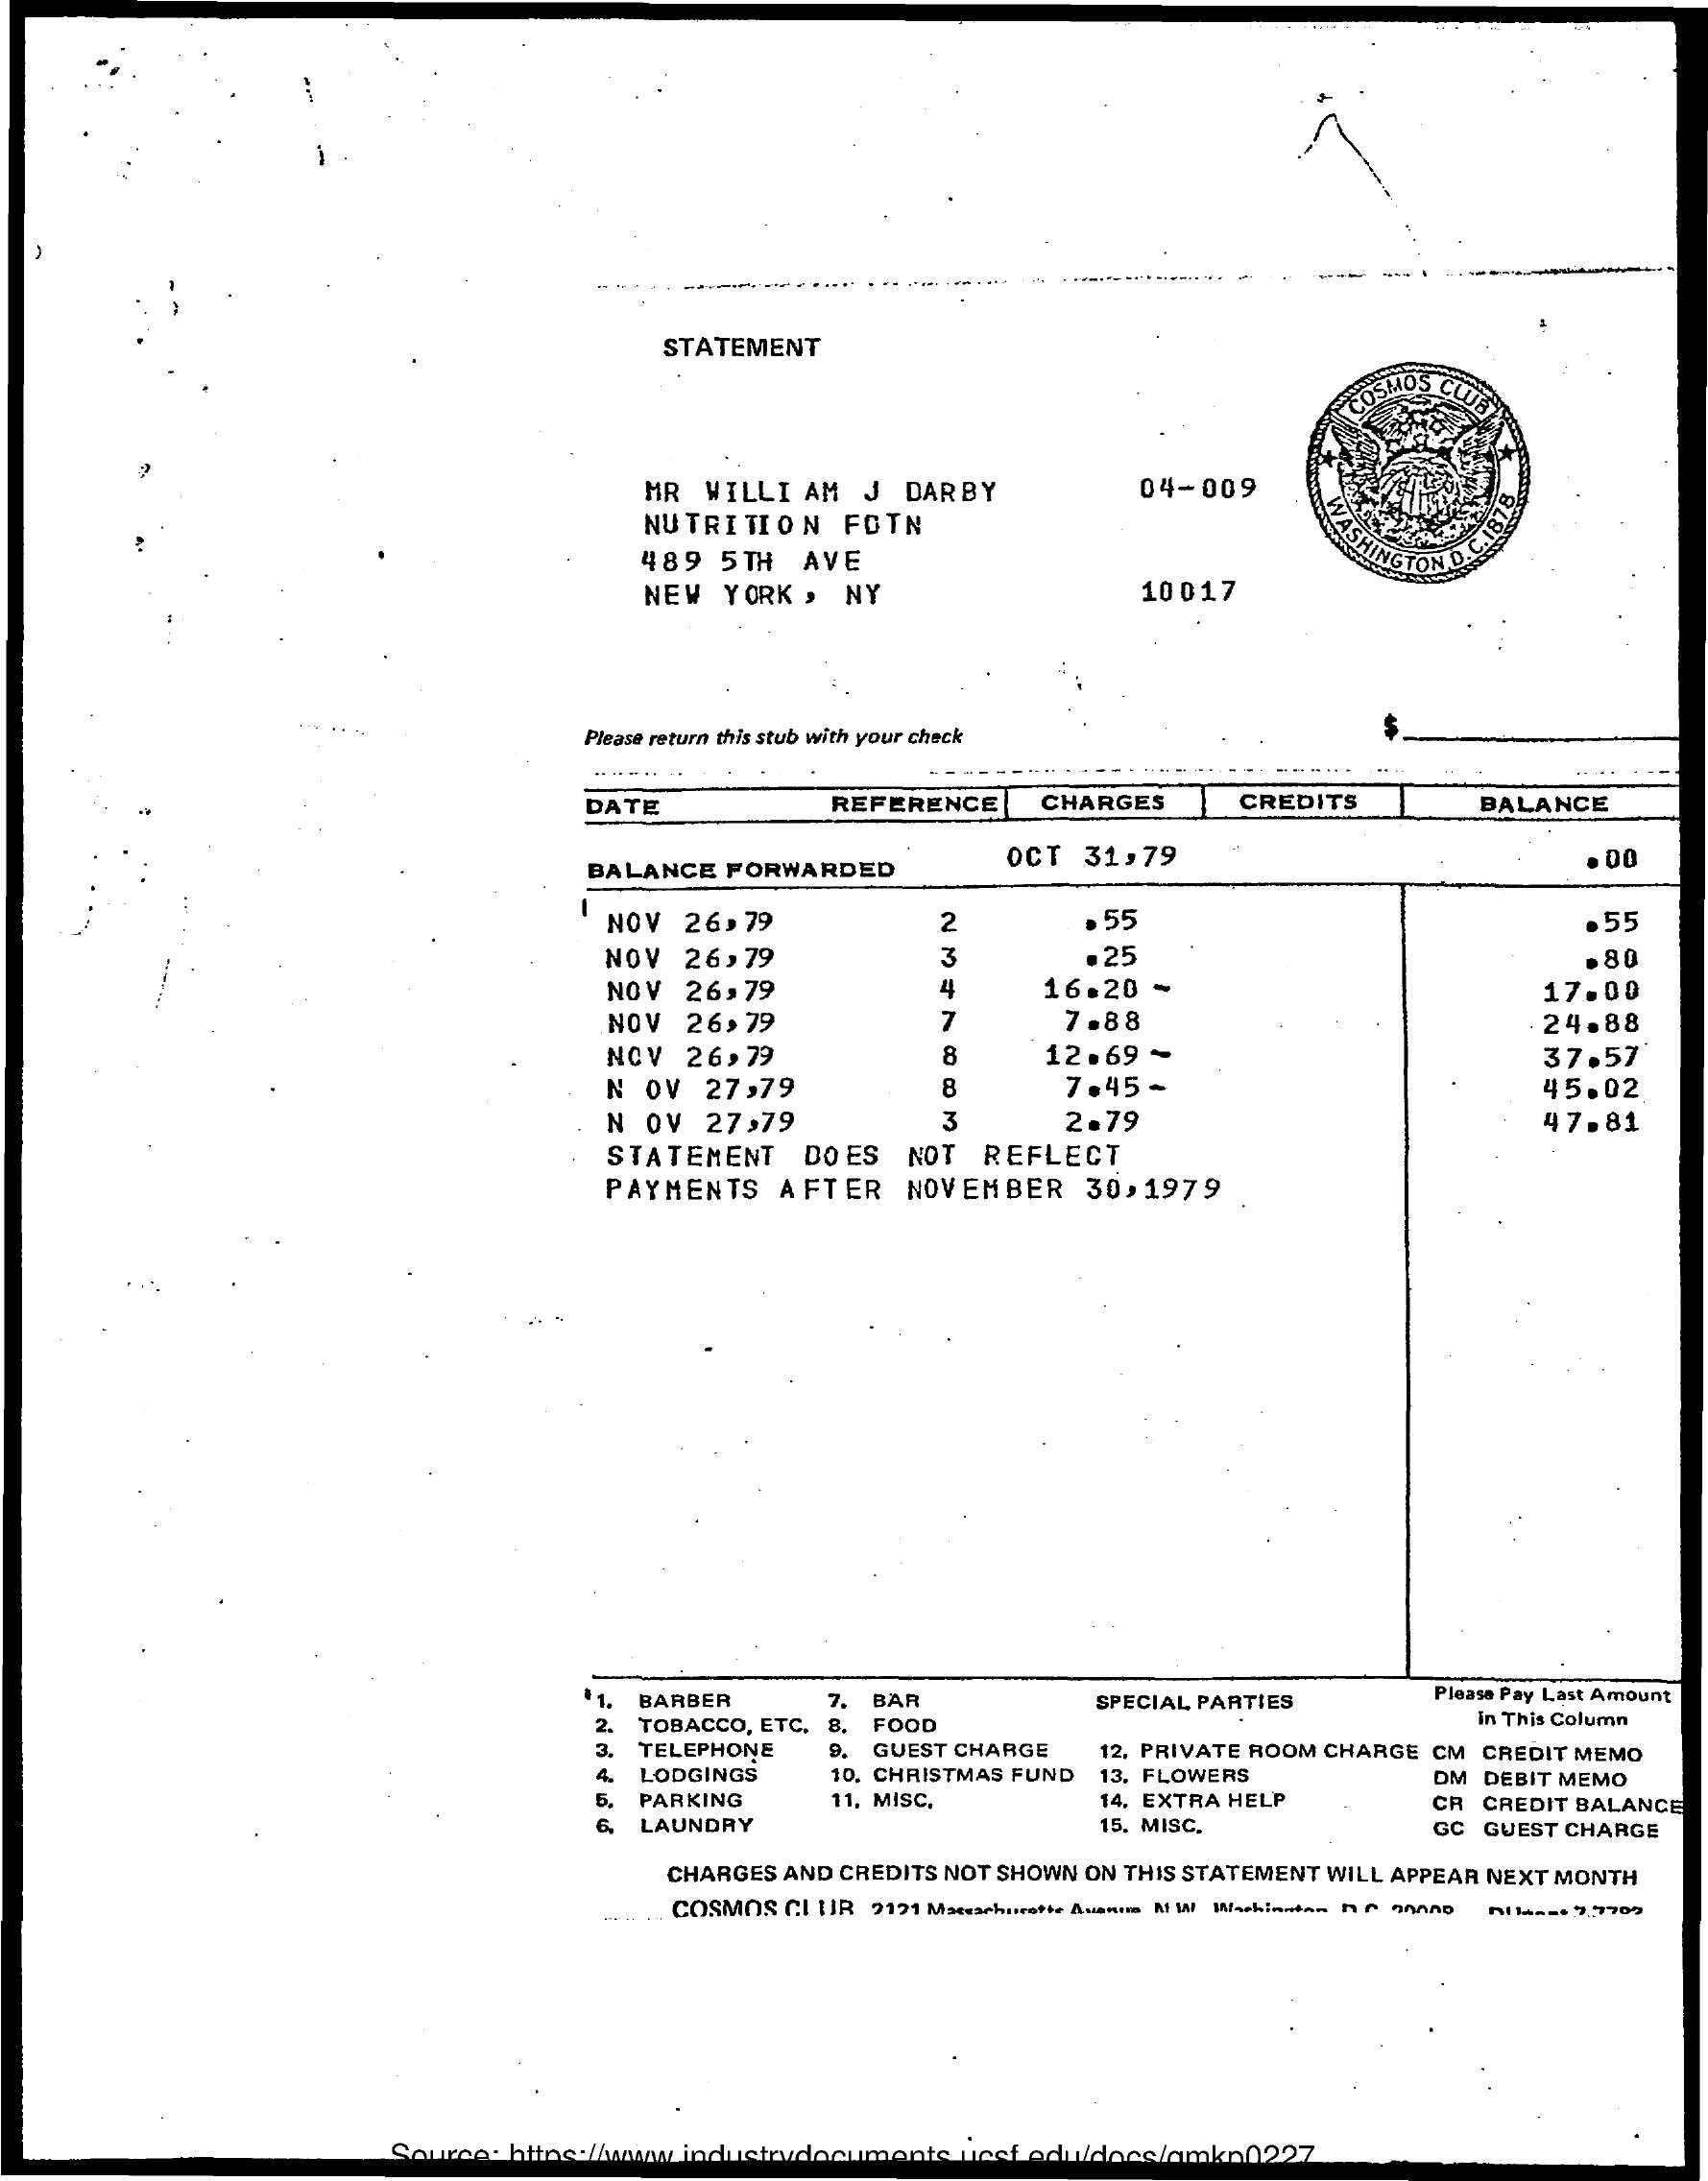
STATEMENT
     COSMOS CUTE
     MR WILLI AM  J DARBY    04-009
     NUTRITION   FOTN
     WASHINGTOND.C.BIR
     489  5TH  AVE
     C.1878.
     NEW  YORK , NY    10017
     Please return this stub with your check
     - ---...    .....
     DATE    REFERENCE   CHARGES    CREDITS    BALANCE
     BALANCE FORWARDED    OCT 31,79    00
     NOV  26,79    2    . 55    . 55
     NOV  26,79    3    .25
     NOV  26,79    16.20 -
     . 80
     4
     NOV  26,79    7    7.88
     17.00
     24.88
     NOV  26,79    8    12.69 -    37.57
     N OV  27,79    8    7.45-    45.02
     N OV  27,79    3    2.79    47.81
     STATEMENT   DOES  NOT  REFLECT
     PAYMENTS  AFTER   NOVEMBER   30,1979
     BARBER    7. BAR    SPECIAL PARTIES    Please Pay Last Amount
     TOBACCO, ETC. 8. FOOD    in This Column
     TELEPHONE   9. GUEST CHARGE 12. PRIVATE ROOM CHARGE CM CREDIT MEMO
     6.
     LODGINGS    10, CHRISTMAS FUND 13. FLOWERS    DM DEBIT MEMO
     PARKING    11, MISC.    14. EXTRA HELP
     LAUNDRY    15. MISC.
     CR CREDIT BALANCE
     GC GUEST CHARGE
     CHARGES AND CREDITS NOT SHOWN ON THIS STATEMENT WILL APPEAR NEXT MONTH
     COSMOS CI [IR 2121 Mseuschusrette    nl lasst 7 ,, 7709
     Source: https://    Idocs/amko0227